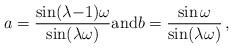
LaTeX: \begin{align*} a=\frac{\sin(\lambda {-}1)\omega}{\sin(\lambda \omega)}\mbox{and} b=\frac{\sin\omega}{\sin(\lambda \omega)}\,,\end{align*}